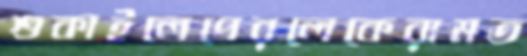
শুকাইলেপেরলেকেরামত